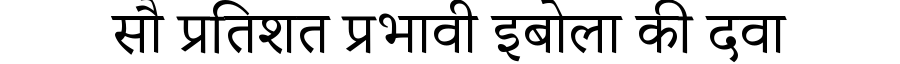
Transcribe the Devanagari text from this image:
सौ प्रतिशत प्रभावी इबोला की दवा